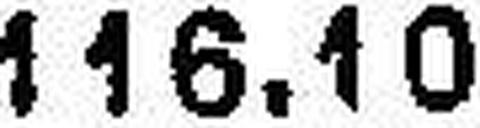
116.10